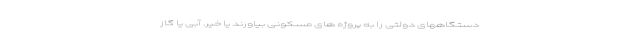
دستگاههای دولتی را به پروژه های مسکونی بیاورند یا خیر. آبی یا گاز